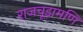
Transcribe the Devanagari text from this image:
राजचूड़ामणि